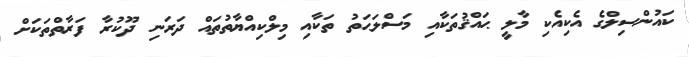
ކައުންސިލްގެ އެކިއެކި މާލީ ޙައްޤުތަކާއި މަސްލަޙަތު ތަކާއި މިލްކިއްޔާތުތައް ދަރަނި ދޫކުރާ ފަރާތްތަކަށް